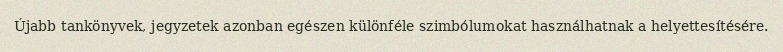
Újabb tankönyvek, jegyzetek azonban egészen különféle szimbólumokat használhatnak a helyettesítésére.